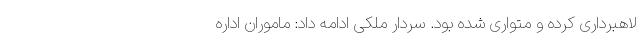
لاهبرداری کرده و متواری شده بود. سردار ملکی ادامه داد: ماموران اداره